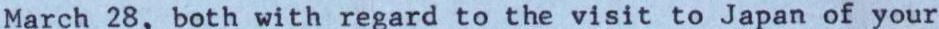
March 28, both with regard to the visit to Japan of your